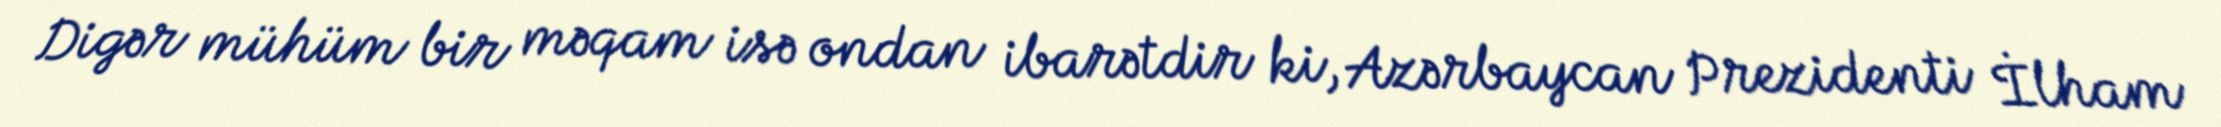
Digər mühüm bir məqam isə ondan ibarətdir ki, Azərbaycan Prezidenti İlham